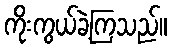
ကိုးကွယ်ခဲ့ကြသည်။